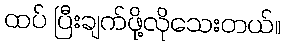
ထပ် ပြီးချက်ဖို့လိုသေးတယ်။